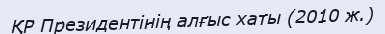
ҚР Президентінің алғыс хаты (2010 ж.)